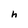
Character: h